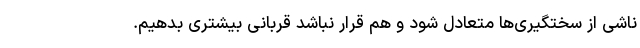
ناشی از سختگیری‌ها متعادل شود و هم قرار نباشد قربانی بیشتری بدهیم.